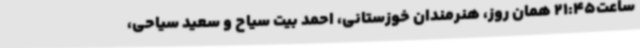
ساعت21:45 همان روز، هنرمندان خوزستانی، احمد بیت سیاح و سعید سیاحی،